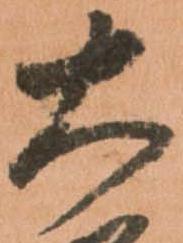
大